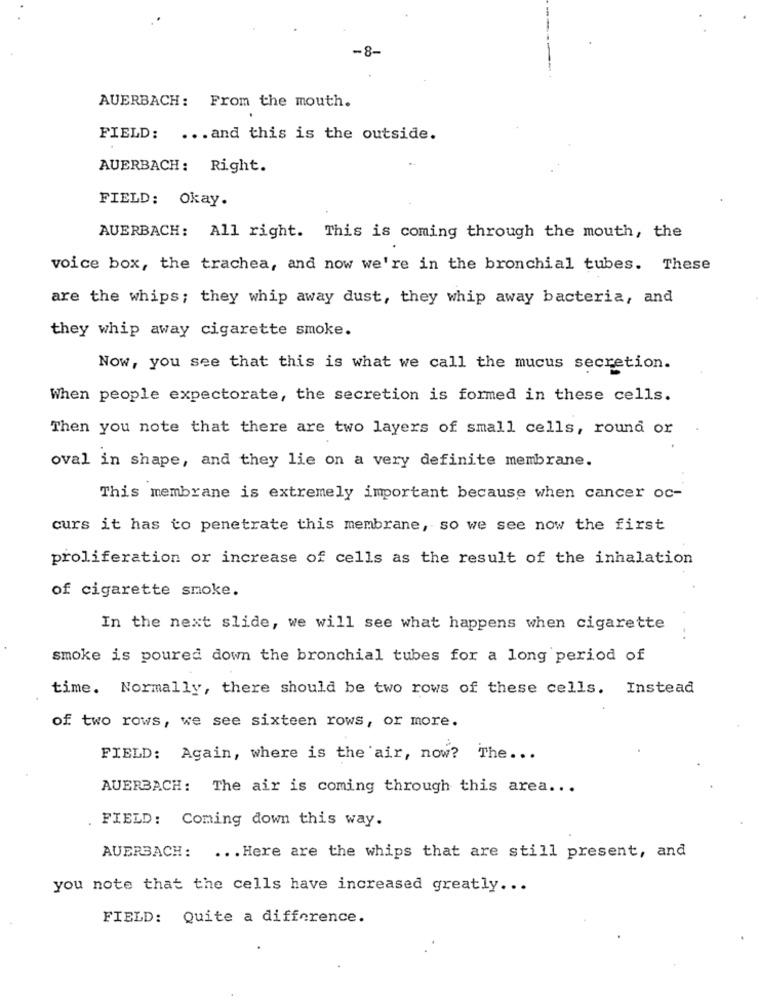
-8-
AUERBACH: From the mouth.
FIELD: ... and this is the outside.
AUERBACH: Right.
FIELD: Okay.
AUERBACH: All right. This is coming through the mouth, the
voice box, the trachea, and now we're in the bronchial tubes. These
are the whips; they whip away dust, they whip away bacteria, and
they whip away cigarette smoke.
Now, you see that this is what we call the mucus secretion.
When people expectorate, the secretion is formed in these cells.
Then you note that there are two layers of small cells, round or
oval in shape, and they lie on a very definite membrane.
This membrane is extremely important because when cancer oc-
curs it has to penetrate this membrane, so we see now the first
proliferation or increase of cells as the result of the inhalation
of cigarette smoke.
In the next slide, we will see what happens when cigarette
..
smoke is poured down the bronchial tubes for a long period of
time. Normally, there should be two rows of these cells. Instead
of two rows, we see sixteen rows, or more.
FIELD: Again, where is the air, now? The ...
AUERBACH: The air is coming through this area ...
FIELD: Coming down this way.
AUERBACH: ... Here are the whips that are still present, and
you note that the cells have increased greatly ...
FIELD: Quite a difference.